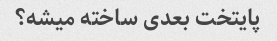
پایتخت بعدی ساخته میشه؟